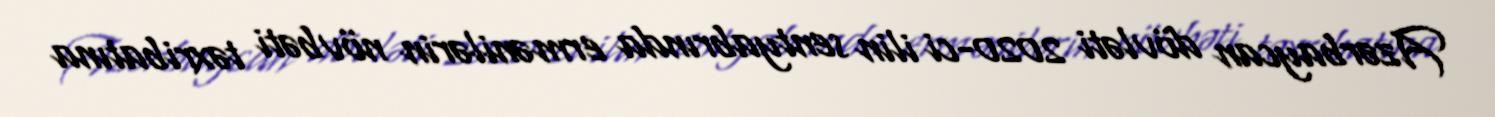
Azərbaycan dövləti 2020-ci ilin sentyabrında ermənilərin növbəti təxribatına